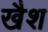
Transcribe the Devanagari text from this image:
खैश